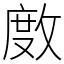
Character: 𢾅